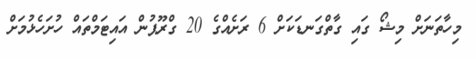
މިހާތަނަށް މިޝޯ ގައި ގާތްގަނޑަކަށް 6 ރަށެއްގެ 20 ގްރޫޕުން އައިޓަމްތައް ހުށަހެޅުމަށް